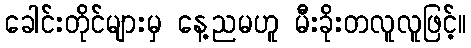
ခေါင်းတိုင်များမှ နေ့ညမဟူ မီးခိုးတလူလူဖြင့်။